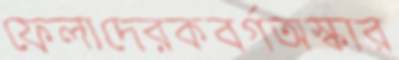
ফেলাদেরকবর্গঅস্কার